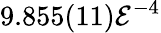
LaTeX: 9.855(11)\mathcal{E}^{-4}